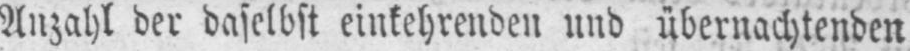
Anzahl der daselbst einkehrenden und übernachtenden